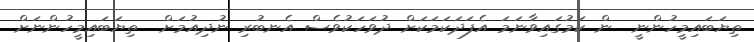
ތިޔަބައިމީހުންނީ  ން ކަމުގައިވާނަމަ އެފަދަކަމަކަށް ދުވަަހަކުވެސް އެނބުރި ނުދިއުމަށް  ތިޔަބައިމީހުންނަށް